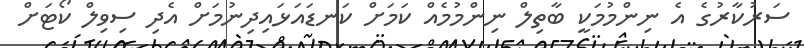
ސަރުކާރުގެ އެ ނިންމުމަކީ ބާތިލް ނިންމުމެއް ކަމަށް ކަނޑައަޅައިދިނުމަށް އެދި ސިވިލް ކޯޓަށް